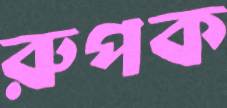
রুপক